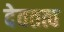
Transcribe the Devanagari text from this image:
देवतत्व